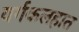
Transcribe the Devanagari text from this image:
वर्गकलहात